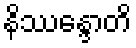
နိဿန္ဒောတိ